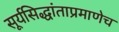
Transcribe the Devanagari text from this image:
सूर्यसिद्धांताप्रमाणेच